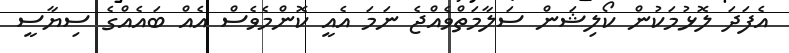
އެފަދަ ލޮޅުމަކުން ކޯލިޝަން ސަލާމަތްވެއްޖެ ނަމަ އެއީ ކޮންމެވެސް އެއް ބައެއްގެ ސިޔާސީ